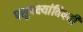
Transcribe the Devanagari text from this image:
पशुपक्ष्यांविषयी